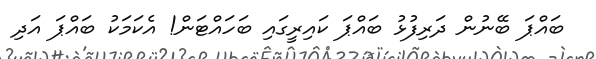
ބައްޕަ ބޭނުން ދަރިފުޅު ބައްޕަ ކައިރީގައި ބަހައްޓަން! އެކަމަކު ބައްޕަ އަދި